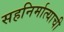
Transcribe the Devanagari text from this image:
सहनिर्मात्याची